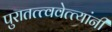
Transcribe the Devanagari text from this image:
पुरातत्त्ववेत्त्यांनी